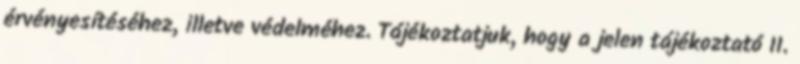
érvényesítéséhez, illetve védelméhez. Tájékoztatjuk, hogy a jelen tájékoztató II.